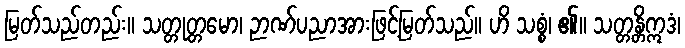
မြတ်သည်တည်း။ သတ္တုတ္တမော၊ ဉာဏ်ပညာအားဖြင့်မြတ်သည်။ ဟိ သစ္စံ၊ ၏။ သတ္တန္တိဣဒံ၊